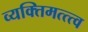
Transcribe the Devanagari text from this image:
व्यक्तिमत्त्त्व